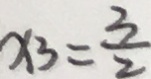
x _ { 3 } = \frac { 3 } { 2 }